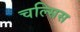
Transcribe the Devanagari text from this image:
चल्सिस